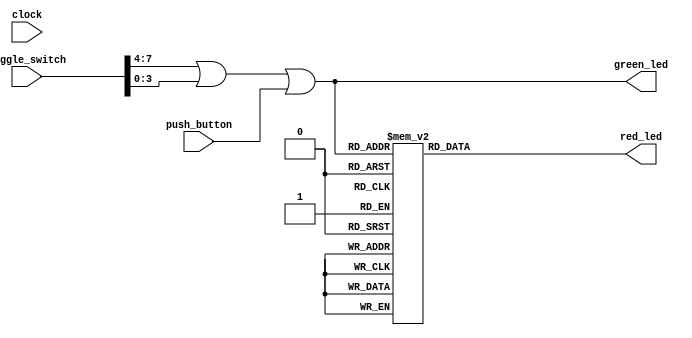
module qa1
    (
        input  wire       clock,
        input  wire [7:0] toggle_switch,
        input  wire [3:0] push_button,
        
        output reg  [3:0] green_led,
        output reg  [6:0] red_led
    );

    always @( toggle_switch or push_button )
    begin
        green_led = toggle_switch[7:4] | toggle_switch[3:0] | push_button;
        
        case (toggle_switch[7:4] | toggle_switch[3:0] | push_button)
            4'h0 : red_led = 7'b0111111;
            4'h1 : red_led = 7'b0000110;
            4'h2 : red_led = 7'b1011011;
            4'h3 : red_led = 7'b1001111;
            4'h4 : red_led = 7'b1100110;
            4'h5 : red_led = 7'b1101101;
            4'h6 : red_led = 7'b1111101;
            4'h7 : red_led = 7'b0000111;
            4'h8 : red_led = 7'b1111111;
            4'h9 : red_led = 7'b1101111;
            4'ha : red_led = 7'b1110111;
            4'hb : red_led = 7'b1111100;
            4'hc : red_led = 7'b1011000;
            4'hd : red_led = 7'b1011110;
            4'he : red_led = 7'b1111001;
            4'hf : red_led = 7'b1110001;
        endcase
    end
        
endmodule